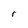
Character: r